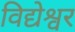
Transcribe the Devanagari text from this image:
विद्येश्वर